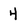
Character: 4